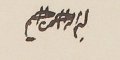
بسم الله الرحمن الرحيم